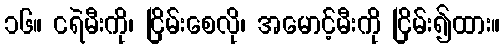
၁၆။ ငရဲမီးကို၊ ငြိမ်းစေလို၊ အမောင့်မီးကို ငြိမ်း၍ထား။